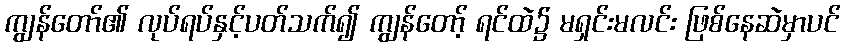
ကျွန်တော်၏ လုပ်ရပ်နှင့်ပတ်သက်၍ ကျွန်တော့် ရင်ထဲ၌ မရှင်းမလင်း ဖြစ်နေဆဲမှာပင်